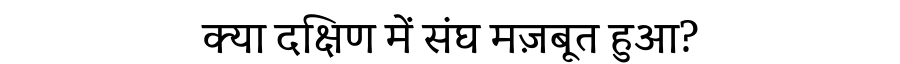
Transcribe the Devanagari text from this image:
क्या दक्षिण में संघ मज़बूत हुआ?